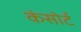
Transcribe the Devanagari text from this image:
कंसोर्ट